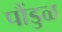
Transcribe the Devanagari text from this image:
पौंडुळ